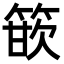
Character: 篏